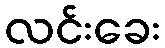
လင်းခေး